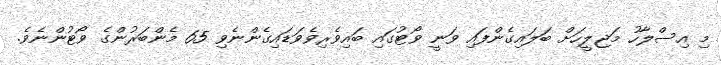
މި އިސްލާހު މަޖިލީހަށް ބަލައިގެންފައި ވަނީ ވޯޓުގައި ބައިވެރިވެވަޑައިގެންނެވި 65 މެންބަރުންގެ ވޯޓުންނެވެ.